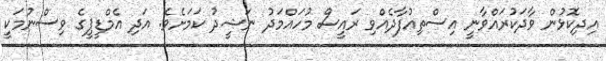
އިދިކޮޅުން ވާދަކުރައްވާނީ އިސްތިއުފާދެއްވި ރައީސް މުހައްމަދު ނަޝީދު ކަމަށެވެ. އަދި އެމްޑީޕީގެ ވިސްނުމަކީ